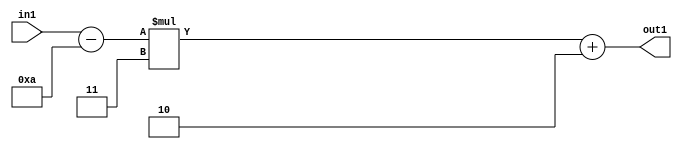
`timescale 1ps / 1ps
/*****************************************************************************
    Verilog RTL Description
    
    
    Created by: Stratus DpOpt 21.05.01 
*******************************************************************************/

module SobelFilter_Add2i2Mul2i3Subi10s6_4 (
	in1,
	out1
	); /* architecture "behavioural" */ 
input [5:0] in1;
output [5:0] out1;
wire [5:0] asc001,
	asc002;

assign asc002 = 
	+(in1)
	-(6'B001010);

wire [5:0] asc001_tmp_0;
assign asc001_tmp_0 = 
	+(asc002 * 6'B000011);
assign asc001 = asc001_tmp_0
	+(6'B000010);

assign out1 = asc001;
endmodule

/* CADENCE  uLH2Tgk= : u9/ySxbfrwZIxEzHVQQV8Q== ** DO NOT EDIT THIS LINE ******/